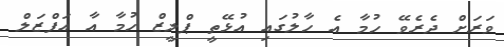
ވަރަށް ދެރެވޭ ހުމާ އެ ހާލުގައި އުޅޭތީ ޕްލީޒް ހުމާ އާ އަފްޒަލް